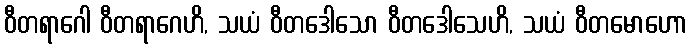
ဝီတရာဂေါ ဝီတရာဂေဟိ, သယံ ဝီတဒေါသော ဝီတဒေါသေဟိ, သယံ ဝီတမောဟော